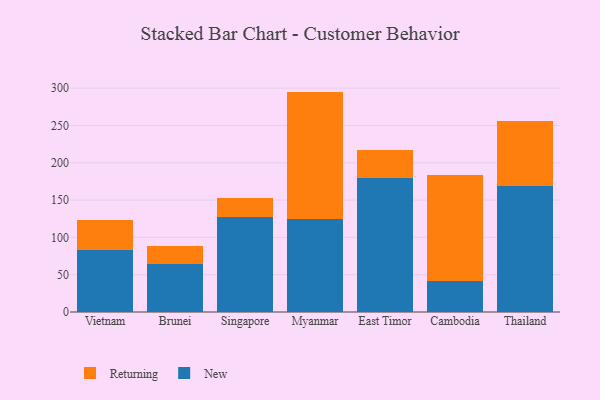
{"axis": {"x": "Country", "y": "Production Output"}, "legend": ["New", "Returning"], "data": [{"x": "Vietnam", "y": 83.6, "type": "New"}, {"x": "Vietnam", "y": 39.4, "type": "Returning"}, {"x": "Brunei", "y": 64.4, "type": "New"}, {"x": "Brunei", "y": 24.4, "type": "Returning"}, {"x": "Singapore", "y": 127.2, "type": "New"}, {"x": "Singapore", "y": 25.1, "type": "Returning"}, {"x": "Myanmar", "y": 124.2, "type": "New"}, {"x": "Myanmar", "y": 171.2, "type": "Returning"}, {"x": "East Timor", "y": 179.1, "type": "New"}, {"x": "East Timor", "y": 38.7, "type": "Returning"}, {"x": "Cambodia", "y": 40.9, "type": "New"}, {"x": "Cambodia", "y": 143.1, "type": "Returning"}, {"x": "Thailand", "y": 169.0, "type": "New"}, {"x": "Thailand", "y": 86.7, "type": "Returning"}]}